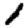
Digit: 1